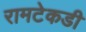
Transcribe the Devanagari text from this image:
रामटेकडी